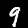
Digit: 9